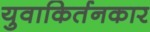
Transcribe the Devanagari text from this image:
युवाकिर्तनकार